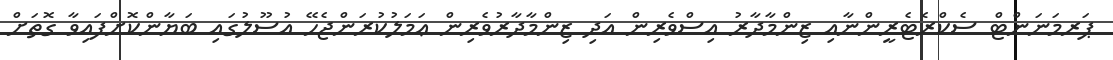
ޕަރމަނަންޓް ސެކްރެޓެރީންނާއި ޒިންމާދާރު އިސްވެރިން އަދި ޒިންމާދާރުވެރިން ޢަމަލުކުރަންޖެހޭ އުސޫލުގައި ބަޔާންކޮށްފައިވާ ގޮތަށް